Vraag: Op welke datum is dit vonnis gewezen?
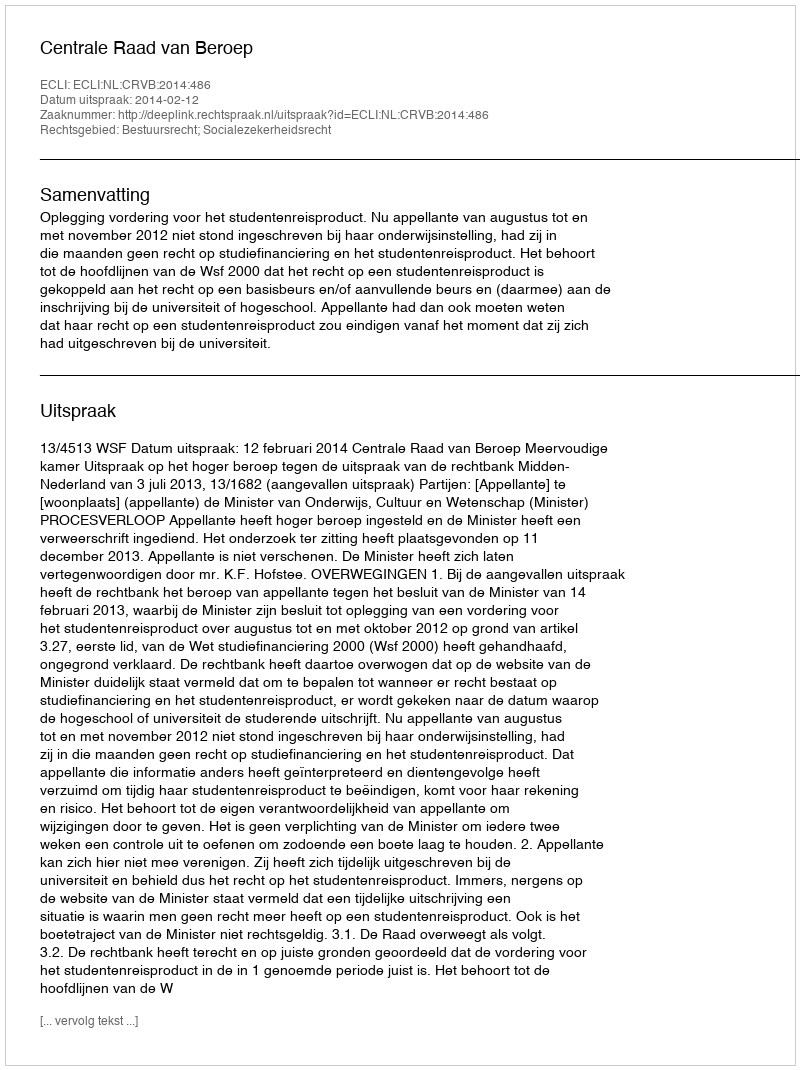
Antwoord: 2014-02-12